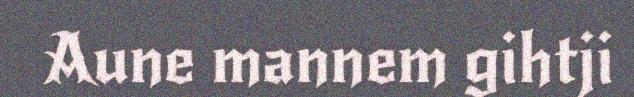
Aune mannem gihtji